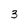
Character: 3